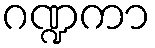
ဂဏ္ဍကာ